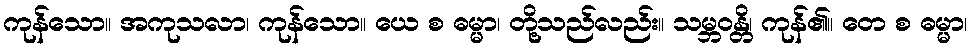
ကုန်သော။ အကုသလာ၊ ကုန်သော။ ယေ စ ဓမ္မာ၊ တို့သည်လည်း။ သမ္ဘဝန္တိ၊ ကုန်၏။ တေ စ ဓမ္မာ၊